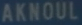
AKWOUL